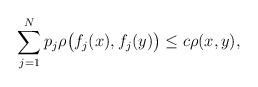
LaTeX: \begin{align*} \sum_{j=1}^{N}p_j \rho\bigl(f_j(x),f_j(y)\bigr) \leq c\rho(x,y),\end{align*}